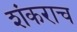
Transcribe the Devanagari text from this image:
शंकराच